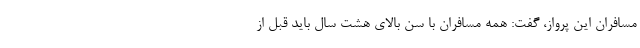
مسافران این پرواز، گفت: همه مسافران با سن بالای هشت سال باید قبل از